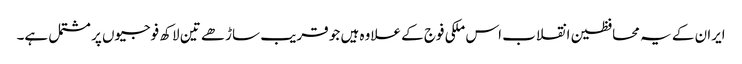
ایران کے یہ محافظین انقلاب اس ملکی فوج کے علاوہ ہیں جو قریب ساڑھے تین لاکھ فوجیوں پر مشتمل ہے۔